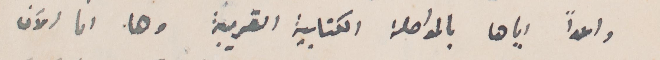
واعدًا إياها بالمواصلة الكتابية القريبة وها انا الآن